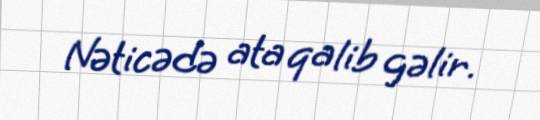
Nəticədə ata qalib gəlir.